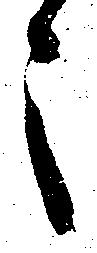
之